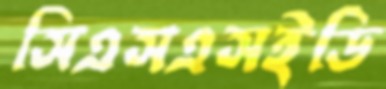
সিএসএসইডি